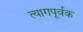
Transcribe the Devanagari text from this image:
त्यागपूर्वक